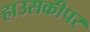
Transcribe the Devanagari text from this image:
हाउसकीपर